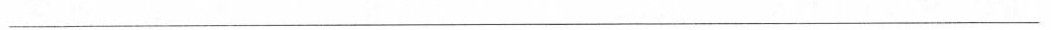
___